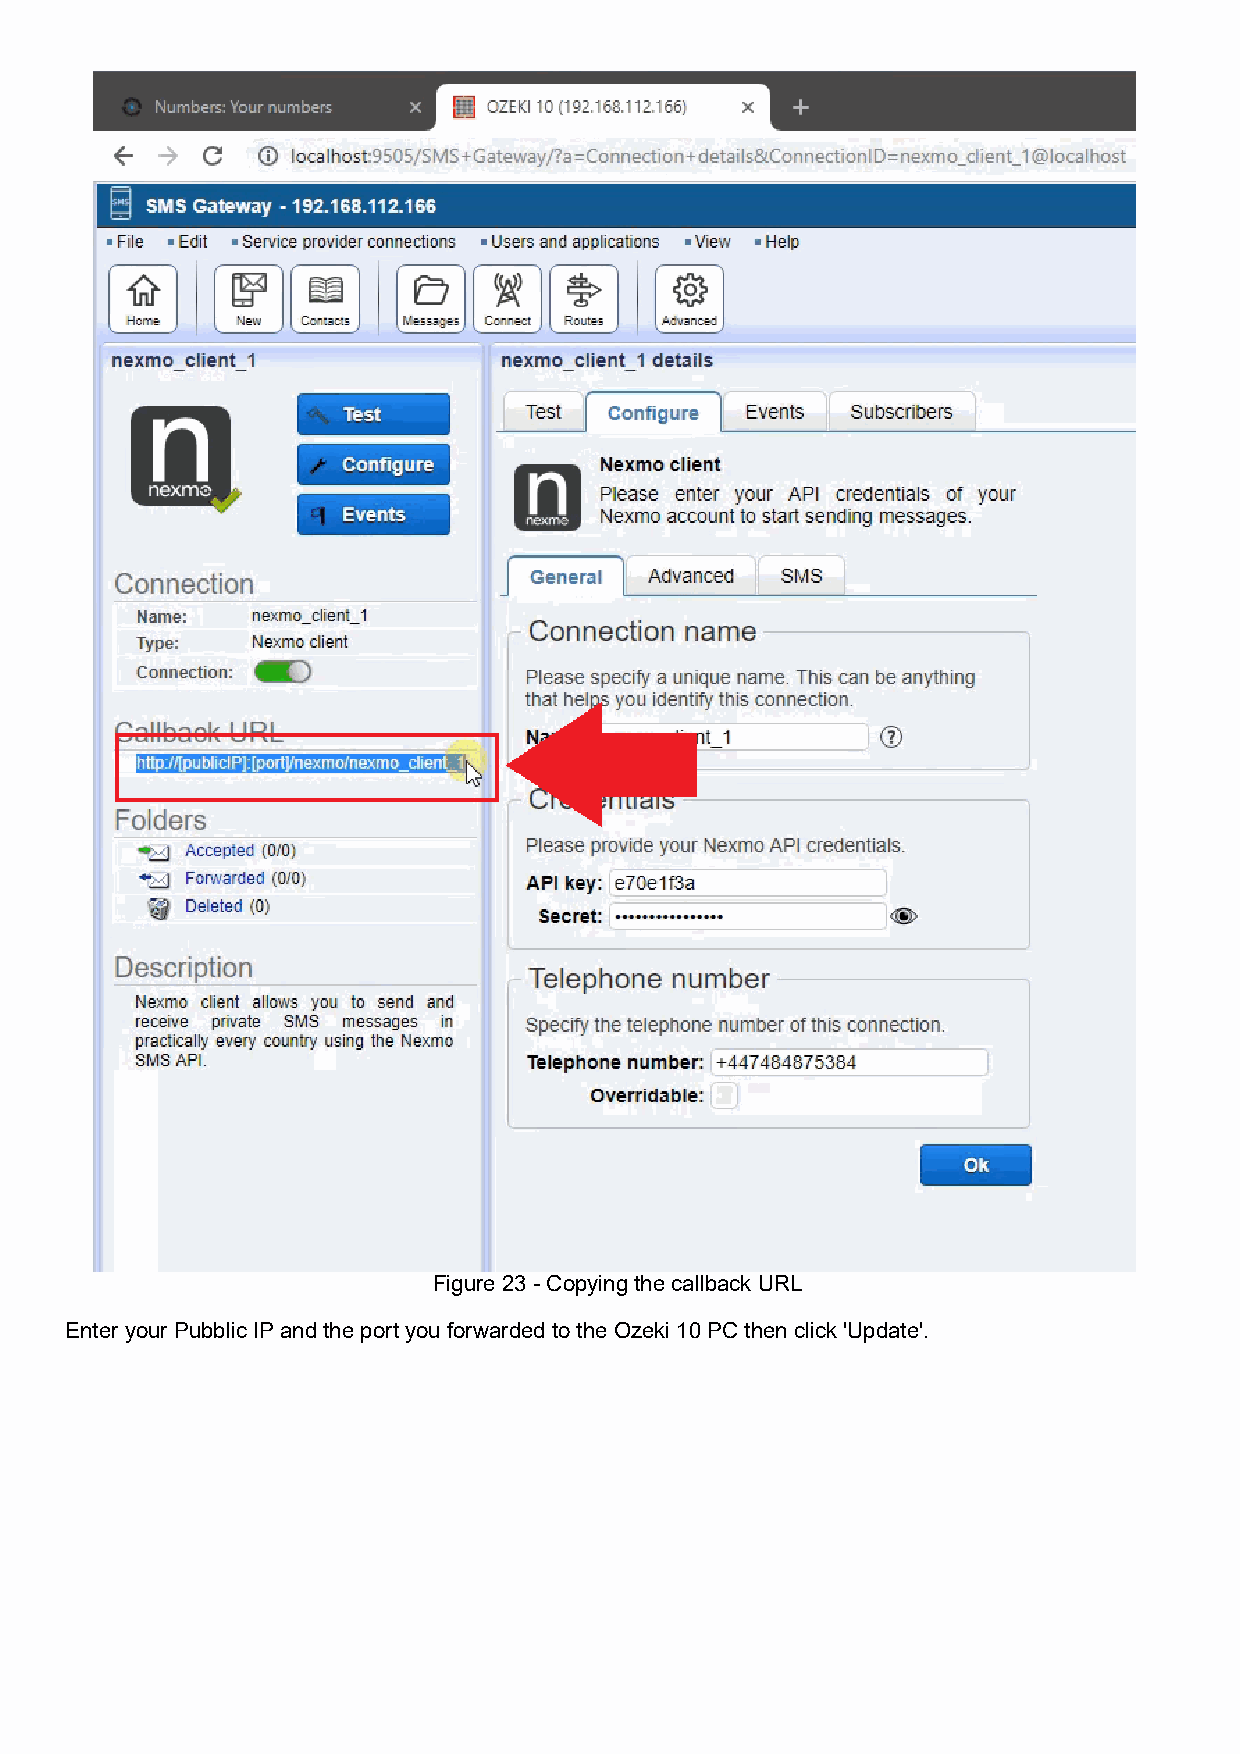
Figure 23 - Copying the callback URL
 Enter your Pubblic IP and the port you forwarded to the Ozeki 10 PC then click 'Update'.